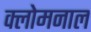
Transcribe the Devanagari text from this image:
क्लोमनाल